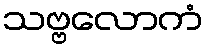
သဗ္ဗလောကံ